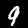
Label: 9